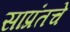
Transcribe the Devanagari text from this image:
साप्रंतचे